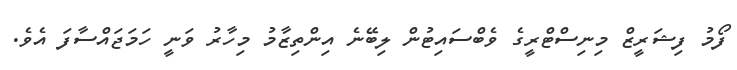
ފޯމު ފިޝަރީޒް މިނިސްޓްރީގެ ވެބްސައިޓުން ލިބޭނެ އިންތިޒާމު މިހާރު ވަނީ ހަމަޖަައްސާފަ އެވެ.